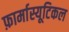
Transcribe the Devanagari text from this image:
फ़ार्मास्यूटिकल